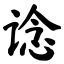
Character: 谂